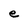
Character: e